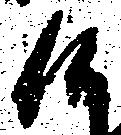
候